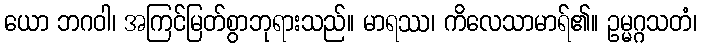
ယော ဘဂဝါ၊ အကြင်မြတ်စွာဘုရားသည်။ မာရဿ၊ ကိလေသာမာရ်၏။ ဥမ္မဂ္ဂသတံ၊